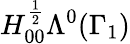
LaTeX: H_{00}^{\frac{1}{2}}\Lambda^{0}(\Gamma_{1})